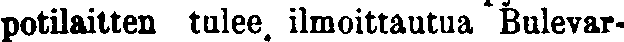
potilaitten tulee ilmoittautua Bulevar-